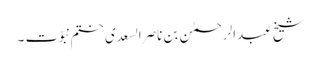
شیخ عبدالرحمٰن بن ناصرالسعدی ختم نبوّت ۔